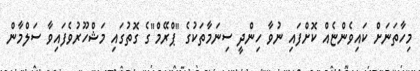
މިހާތަނަށް ކައިވެންޏެއް ކޮށްފައި ނުވާ ހިންދީ ސިނަމާތަކުގެ "ޕްރޭމް"ގެ ގޮތުގައި މަޝްހޫރުވެފައިވާ ސަލްމާން